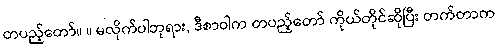
တပည့်တော်။ ။ မလိုက်ပါဘုရား, ဒီစာဝါက တပည့်တော် ကိုယ်တိုင်ဆိုပြီး တက်တာက